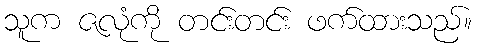
သူက ဇလုံကို တင်းတင်း ဖက်ထားသည်။